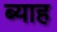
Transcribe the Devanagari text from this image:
ब्‍याह